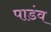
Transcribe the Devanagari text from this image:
पाडंव